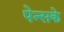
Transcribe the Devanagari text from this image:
पेन्सके